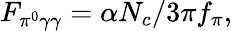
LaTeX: F_{\pi^{0}\gamma\gamma}=\alpha N_{c}/3\pi f_{\pi},